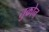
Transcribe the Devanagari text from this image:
तुक्रोन